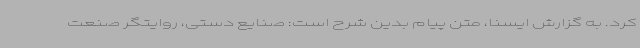
کرد. به گزارش ایسنا، متن پیام بدین شرح است: صنایع دستی، روایتگر صنعت